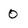
Character: 0